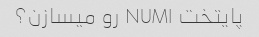
پایتخت NUM۱ رو میسازن؟